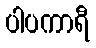
ပါပကာရီ